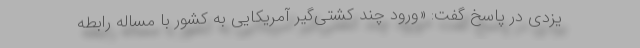
یزدی در پاسخ گفت: «ورود چند کُشتی‌گیر آمریکایی به کشور با مساله رابطه